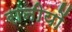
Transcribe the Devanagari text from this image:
रानीयों